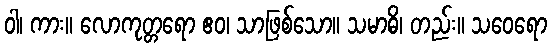
ဝါ၊ ကား။ လောကုတ္တရော ဧဝ၊ သာဖြစ်သော။ သမာဓိ၊ တည်း။ သဝေရော